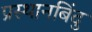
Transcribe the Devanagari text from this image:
प्रस्थानबिंदु